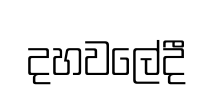
දහවලේදී